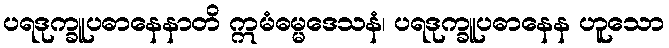
ပရဒုက္ခူပဓာနေနာတိ ဣမံဓမ္မဒေသနံ၊ ပရဒုက္ခူပဓာနေန ဟူသော